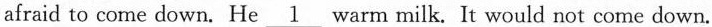
afraid to come down. He \underline1 warm milk. It would not come down.